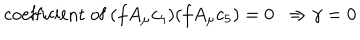
LaTeX: \mathrm { c o e f f i c i e n t ~ o f ~ } ( f A _ { \mu } c _ { 4 } ) ( f A _ { \mu } c _ { 5 } ) = 0 \ \ \Rightarrow \gamma = 0